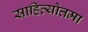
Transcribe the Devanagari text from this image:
साहित्योत्तमा